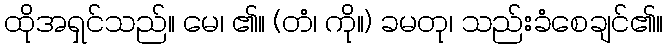
ထိုအရှင်သည်။ မေ၊ ၏။ (တံ၊ ကို။) ခမတု၊ သည်းခံစေချင်၏။